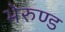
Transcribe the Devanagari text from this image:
भेरुण्ड